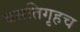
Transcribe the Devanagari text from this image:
वसतिगृहच